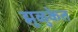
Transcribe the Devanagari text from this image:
झूळुकेत